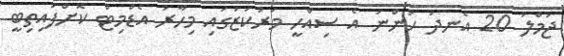
ޖުމްލަ 20 އެނދު ހުންނަ އެ ސިއްހީ މަރުކަޒުގައި މިހާރު އެޑްމިޓް ކޮށްފައިތިބީ